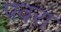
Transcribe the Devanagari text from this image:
पवरा